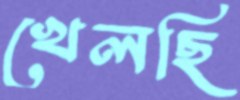
খেলছি